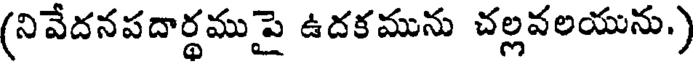
(నివేదనపదార్థముపై ఉదకమును చల్లవలయును.)